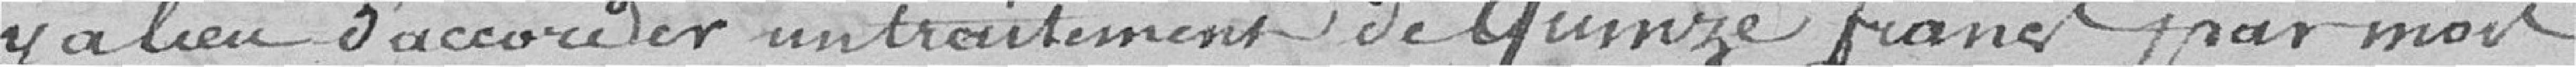
y a lieu d'accorder un traitement de quinze francs par mois